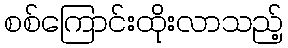
စစ်ကြောင်းထိုးလာသည့်